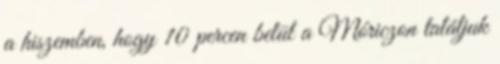
a hiszemben, hogy 10 percen belül a Móriczon találjuk